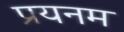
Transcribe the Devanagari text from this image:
प्रयनम